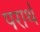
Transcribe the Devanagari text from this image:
परार्थं